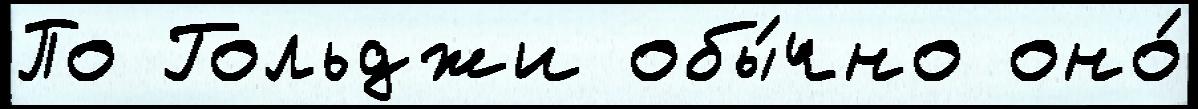
По Гольджи обы́чно оно́